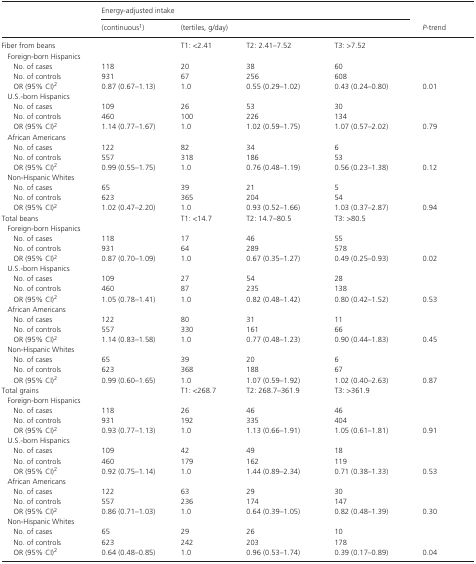
<table><thead><tr><td rowspan="2"></td><td colspan="4"><b>Energy‐adjusted intake</b></td><td rowspan="2"><b><i>P</i>‐trend</b></td></tr><tr><td><b>(continuousa)</b></td><td colspan="3"><b>(tertiles, g/day)</b></td></tr></thead><tbody><tr><td>Fiber from beans</td><td></td><td>T1: &lt;2.41</td><td>T2: 2.41–7.52</td><td>T3: &gt;7.52</td><td></td></tr><tr><td colspan="6">Foreign‐born Hispanics</td></tr><tr><td>No. of cases</td><td>118</td><td>20</td><td>38</td><td>60</td><td></td></tr><tr><td>No. of controls</td><td>931</td><td>67</td><td>256</td><td>608</td><td></td></tr><tr><td>OR (95% CI)b</td><td>0.87 (0.67–1.13)</td><td>1.0</td><td>0.55 (0.29–1.02)</td><td>0.43 (0.24–0.80)</td><td>0.01</td></tr><tr><td colspan="6">U.S.‐born Hispanics</td></tr><tr><td>No. of cases</td><td>109</td><td>26</td><td>53</td><td>30</td><td></td></tr><tr><td>No. of controls</td><td>460</td><td>100</td><td>226</td><td>134</td><td></td></tr><tr><td>OR (95% CI)b</td><td>1.14 (0.77–1.67)</td><td>1.0</td><td>1.02 (0.59–1.75)</td><td>1.07 (0.57–2.02)</td><td>0.79</td></tr><tr><td colspan="6">African Americans</td></tr><tr><td>No. of cases</td><td>122</td><td>82</td><td>34</td><td>6</td><td></td></tr><tr><td>No. of controls</td><td>557</td><td>318</td><td>186</td><td>53</td><td></td></tr><tr><td>OR (95% CI)b</td><td>0.99 (0.55–1.75)</td><td>1.0</td><td>0.76 (0.48–1.19)</td><td>0.56 (0.23–1.38)</td><td>0.12</td></tr><tr><td colspan="6">Non‐Hispanic Whites</td></tr><tr><td>No. of cases</td><td>65</td><td>39</td><td>21</td><td>5</td><td></td></tr><tr><td>No. of controls</td><td>623</td><td>365</td><td>204</td><td>54</td><td></td></tr><tr><td>OR (95% CI)b</td><td>1.02 (0.47–2.20)</td><td>1.0</td><td>0.93 (0.52–1.66)</td><td>1.03 (0.37–2.87)</td><td>0.94</td></tr><tr><td>Total beans</td><td></td><td>T1: &lt;14.7</td><td>T2: 14.7–80.5</td><td>T3: &gt;80.5</td><td></td></tr><tr><td colspan="6">Foreign‐born Hispanics</td></tr><tr><td>No. of cases</td><td>118</td><td>17</td><td>46</td><td>55</td><td></td></tr><tr><td>No. of controls</td><td>931</td><td>64</td><td>289</td><td>578</td><td></td></tr><tr><td>OR (95% CI)b</td><td>0.87 (0.70–1.09)</td><td>1.0</td><td>0.67 (0.35–1.27)</td><td>0.49 (0.25–0.93)</td><td>0.02</td></tr><tr><td colspan="6">U.S.‐born Hispanics</td></tr><tr><td>No. of cases</td><td>109</td><td>27</td><td>54</td><td>28</td><td></td></tr><tr><td>No. of controls</td><td>460</td><td>87</td><td>235</td><td>138</td><td></td></tr><tr><td>OR (95% CI)b</td><td>1.05 (0.78–1.41)</td><td>1.0</td><td>0.82 (0.48–1.42)</td><td>0.80 (0.42–1.52)</td><td>0.53</td></tr><tr><td colspan="6">African Americans</td></tr><tr><td>No. of cases</td><td>122</td><td>80</td><td>31</td><td>11</td><td></td></tr><tr><td>No. of controls</td><td>557</td><td>330</td><td>161</td><td>66</td><td></td></tr><tr><td>OR (95% CI)b</td><td>1.14 (0.83–1.58)</td><td>1.0</td><td>0.77 (0.48–1.23)</td><td>0.90 (0.44–1.83)</td><td>0.45</td></tr><tr><td colspan="6">Non‐Hispanic Whites</td></tr><tr><td>No. of cases</td><td>65</td><td>39</td><td>20</td><td>6</td><td></td></tr><tr><td>No. of controls</td><td>623</td><td>368</td><td>188</td><td>67</td><td></td></tr><tr><td>OR (95% CI)b</td><td>0.99 (0.60–1.65)</td><td>1.0</td><td>1.07 (0.59–1.92)</td><td>1.02 (0.40–2.63)</td><td>0.87</td></tr><tr><td>Total grains</td><td></td><td>T1: &lt;268.7</td><td>T2: 268.7–361.9</td><td>T3: &gt;361.9</td><td></td></tr><tr><td colspan="6">Foreign‐born Hispanics</td></tr><tr><td>No. of cases</td><td>118</td><td>26</td><td>46</td><td>46</td><td></td></tr><tr><td>No. of controls</td><td>931</td><td>192</td><td>335</td><td>404</td><td></td></tr><tr><td>OR (95% CI)b</td><td>0.93 (0.77–1.13)</td><td>1.0</td><td>1.13 (0.66–1.91)</td><td>1.05 (0.61–1.81)</td><td>0.91</td></tr><tr><td colspan="6">U.S.‐born Hispanics</td></tr><tr><td>No. of cases</td><td>109</td><td>42</td><td>49</td><td>18</td><td></td></tr><tr><td>No. of controls</td><td>460</td><td>179</td><td>162</td><td>119</td><td></td></tr><tr><td>OR (95% CI)b</td><td>0.92 (0.75–1.14)</td><td>1.0</td><td>1.44 (0.89–2.34)</td><td>0.71 (0.38–1.33)</td><td>0.53</td></tr><tr><td colspan="6">African Americans</td></tr><tr><td>No. of cases</td><td>122</td><td>63</td><td>29</td><td>30</td><td></td></tr><tr><td>No. of controls</td><td>557</td><td>236</td><td>174</td><td>147</td><td></td></tr><tr><td>OR (95% CI)b</td><td>0.86 (0.71–1.03)</td><td>1.0</td><td>0.64 (0.39–1.05)</td><td>0.82 (0.48–1.39)</td><td>0.30</td></tr><tr><td colspan="6">Non‐Hispanic Whites</td></tr><tr><td>No. of cases</td><td>65</td><td>29</td><td>26</td><td>10</td><td></td></tr><tr><td>No. of controls</td><td>623</td><td>242</td><td>203</td><td>178</td><td></td></tr><tr><td>OR (95% CI)b</td><td>0.64 (0.48–0.85)</td><td>1.0</td><td>0.96 (0.53–1.74)</td><td>0.39 (0.17–0.89)</td><td>0.04</td></tr></tbody></table>